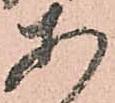
あ